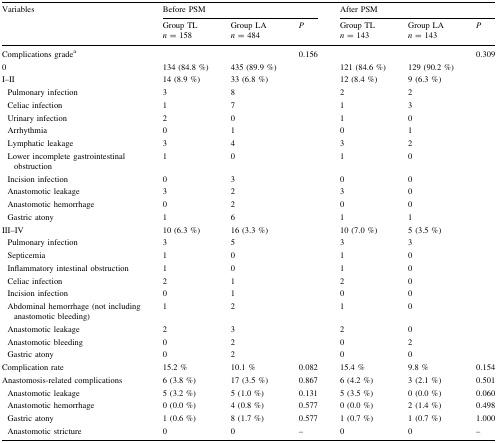
<table><thead><tr><td rowspan="2"><b>Variables</b></td><td colspan="3"><b>Before PSM</b></td><td colspan="3"><b>After PSM</b></td></tr><tr><td><b>Group TL<i>n</i> = 158</b></td><td><b>Group LA<i>n</i> = 484</b></td><td><b><i>P</i></b></td><td><b>Group TL<i>n</i> = 143</b></td><td><b>Group LA<i>n</i> = 143</b></td><td><b><i>P</i></b></td></tr></thead><tbody><tr><td>Complications grade<sup>a</sup></td><td></td><td></td><td>0.156</td><td></td><td></td><td>0.309</td></tr><tr><td>0</td><td>134 (84.8 %)</td><td>435 (89.9 %)</td><td></td><td>121 (84.6 %)</td><td>129 (90.2 %)</td><td></td></tr><tr><td>I–II</td><td>14 (8.9 %)</td><td>33 (6.8 %)</td><td></td><td>12 (8.4 %)</td><td>9 (6.3 %)</td><td></td></tr><tr><td> Pulmonary infection</td><td>3</td><td>8</td><td></td><td>2</td><td>2</td><td></td></tr><tr><td> Celiac infection</td><td>1</td><td>7</td><td></td><td>1</td><td>3</td><td></td></tr><tr><td> Urinary infection</td><td>2</td><td>0</td><td></td><td>1</td><td>0</td><td></td></tr><tr><td> Arrhythmia</td><td>0</td><td>1</td><td></td><td>0</td><td>1</td><td></td></tr><tr><td> Lymphatic leakage</td><td>3</td><td>4</td><td></td><td>3</td><td>2</td><td></td></tr><tr><td> Lower incomplete gastrointestinal obstruction</td><td>1</td><td>0</td><td></td><td>1</td><td>0</td><td></td></tr><tr><td> Incision infection</td><td>0</td><td>3</td><td></td><td>0</td><td>0</td><td></td></tr><tr><td> Anastomotic leakage</td><td>3</td><td>2</td><td></td><td>3</td><td>0</td><td></td></tr><tr><td> Anastomotic hemorrhage</td><td>0</td><td>2</td><td></td><td>0</td><td>0</td><td></td></tr><tr><td> Gastric atony</td><td>1</td><td>6</td><td></td><td>1</td><td>1</td><td></td></tr><tr><td>III–IV</td><td>10 (6.3 %)</td><td>16 (3.3 %)</td><td></td><td>10 (7.0 %)</td><td>5 (3.5 %)</td><td></td></tr><tr><td> Pulmonary infection</td><td>3</td><td>5</td><td></td><td>3</td><td>3</td><td></td></tr><tr><td> Septicemia</td><td>1</td><td>0</td><td></td><td>1</td><td>0</td><td></td></tr><tr><td> Inflammatory intestinal obstruction</td><td>1</td><td>0</td><td></td><td>1</td><td>0</td><td></td></tr><tr><td> Celiac infection</td><td>2</td><td>1</td><td></td><td>2</td><td>0</td><td></td></tr><tr><td> Incision infection</td><td>0</td><td>1</td><td></td><td>0</td><td>0</td><td></td></tr><tr><td> Abdominal hemorrhage (not including anastomotic bleeding)</td><td>1</td><td>2</td><td></td><td>1</td><td>0</td><td></td></tr><tr><td> Anastomotic leakage</td><td>2</td><td>3</td><td></td><td>2</td><td>0</td><td></td></tr><tr><td> Anastomotic bleeding</td><td>0</td><td>2</td><td></td><td>0</td><td>2</td><td></td></tr><tr><td> Gastric atony</td><td>0</td><td>2</td><td></td><td>0</td><td>0</td><td></td></tr><tr><td>Complication rate</td><td>15.2 %</td><td>10.1 %</td><td>0.082</td><td>15.4 %</td><td>9.8 %</td><td>0.154</td></tr><tr><td>Anastomosis-related complications</td><td>6 (3.8 %)</td><td>17 (3.5 %)</td><td>0.867</td><td>6 (4.2 %)</td><td>3 (2.1 %)</td><td>0.501</td></tr><tr><td> Anastomotic leakage</td><td>5 (3.2 %)</td><td>5 (1.0 %)</td><td>0.131</td><td>5 (3.5 %)</td><td>0 (0.0 %)</td><td>0.060</td></tr><tr><td> Anastomotic hemorrhage</td><td>0 (0.0 %)</td><td>4 (0.8 %)</td><td>0.577</td><td>0 (0.0 %)</td><td>2 (1.4 %)</td><td>0.498</td></tr><tr><td> Gastric atony</td><td>1 (0.6 %)</td><td>8 (1.7 %)</td><td>0.577</td><td>1 (0.7 %)</td><td>1 (0.7 %)</td><td>1.000</td></tr><tr><td> Anastomotic stricture</td><td>0</td><td>0</td><td>–</td><td>0</td><td>0</td><td>–</td></tr></tbody></table>